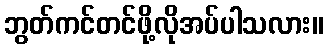
ဘွတ်ကင်တင်ဖို့လိုအပ်ပါသလား။